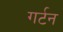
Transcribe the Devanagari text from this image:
गर्टन